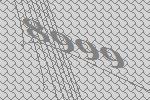
8999